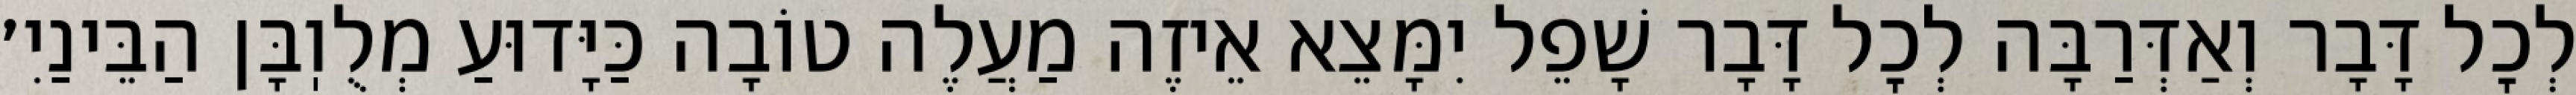
לְכׇל דָּבָר וְאַדְּרַבָּה לְכׇל דָּבָר שָׁפֵל יִמָּצֵא אֵיזֶה מַעֲלֶה טוֹבָה כַּיָּדוּעַ מְלֻוֽבָּן הַבֵּינַיִ׳